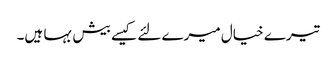
تیرے خیال میرے لئے کیسے بیش بہا ہیں۔